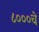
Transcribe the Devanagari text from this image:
८०००चे